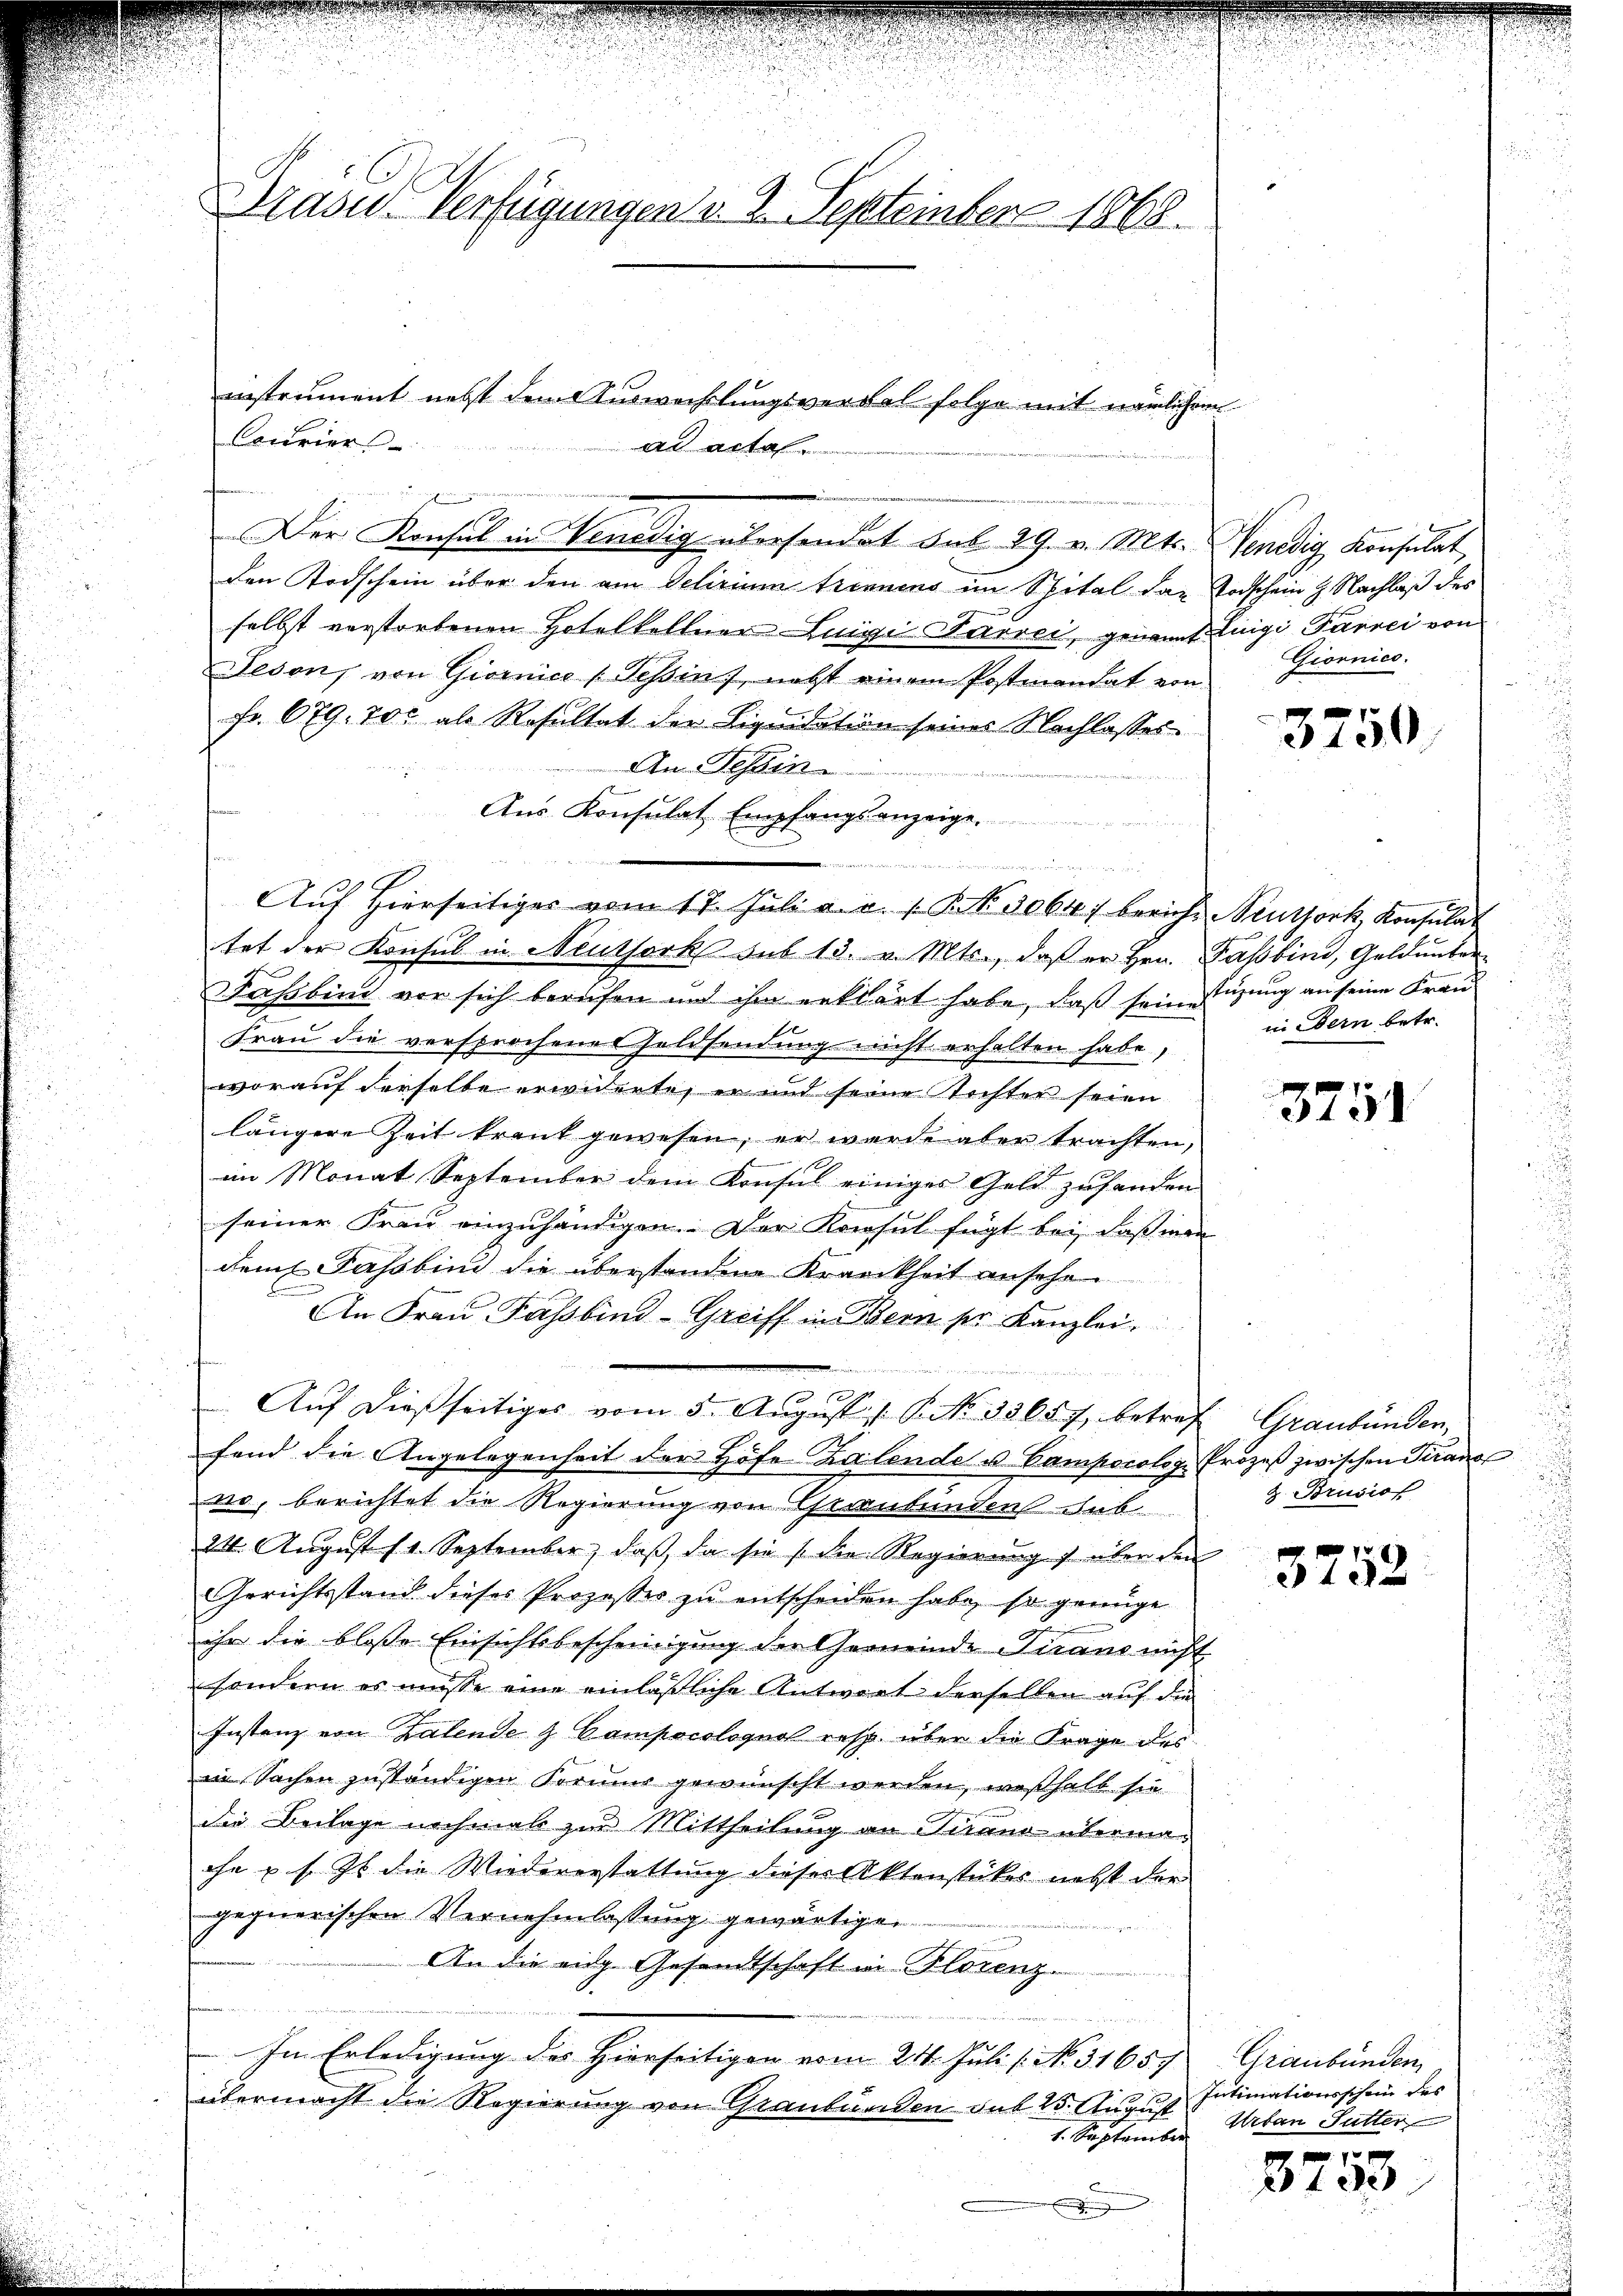
Präsu- Verfügungen v. 2. September 1868.

Courier
Der Konsul in Venedig übersondert sub 29. v. Mts. Venedig Konsulat,
den Todschein über den am Selirium trennens im Spital das Todschein & Nachlaß des
selbst verstorbenen Hotelkellner Luigi Favrei, genannt fingi Parrei von
Jeson) von Giornice (Tessin, nebst einem Postmandat von
Fr. 679. 700 als Resultat der Liquidation seiner Nachlasses
An Tessin
Aus Konsulat Empfangsanzeige
Aŭf Hierseitiges vom 17. Jŭli a. a. 1. N. 3064 beriche Neutjork, Konsulat
tet der Konsul in Neuthork sub 13. v. Mts., daß er Hrn. Fassbind, Geldenber¬
Fahbind vor sich berufen und ihm erklärt habe, daß sein Luzung an seine Frau
Frau die versprochenes Feldsendung nicht erhalten habe,
worauf derselbe erwiderte, er mit seine Tochter seien
längere Zeit kraut gewesen, er wurde aber trachten,
im Monat September dem Konsul einiges Geld zuhanden
seiner Frau einzuhändigen. Der Konsul fügt bei, daß man
dem Fassbind die überstandene Krankheit ansehe
u
An Frau Fassbind-Greiff in Bern ser Kanzlei.
Aŭf dießseitiges vom 5. Aŭgŭst 1 S. 33657, betref Graubünder,
fend die Angelegenheit der Höfe Zalende u. Camporolog. Prozeβ zwischen Tirano
no, berichtet die Regierung von Cereutenden Leb
24. August 11. September, daß, da sie /: die Regierung über den
Gerichtsstand dieses Prozesser zu entscheiden habe, so genüge
ihr die blosse Einsichtsbescheinigung der Gemeinde Piano nicht
sondern es müsse eine einläßliche Antwort derselben auf die
Instanz von Kalende & Campocologus resp. über die Frage des
in Sachen zuständigen Former gewünscht werden, weßhalb sie
die Beilage nochmals zur Mittheilung an Sinne übermaihn u. s. Zu die Wiedererstattung dieser Aktenstücker nebst der
gegnerischen Vernehmlassung gewärtigen

An die eidg Gesandtschaft in Florenz
n
In Erledigung des Hierseitigen vom 24. Juli [ No. 3165/
übermacht die Regierung von Graubünden sub 25. August
1. September
i

instrument nett dem Auswechslungsversal folge mit nämlichem
e
ad acta

Giornico.

3750

iiedern betr.

3751

2. Brusio

3752

Graubünden
Intimationsschein des
Urban Sutter
 x

3130